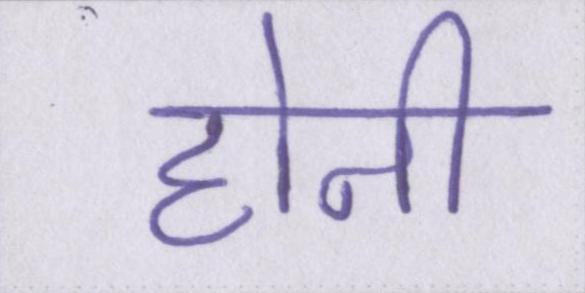
होनी